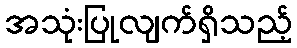
အသုံးပြုလျက်ရှိသည့်